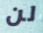
لن